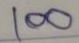
100